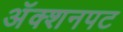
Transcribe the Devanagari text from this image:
अॅक्शनपट